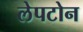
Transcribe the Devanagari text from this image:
लेपटोन